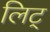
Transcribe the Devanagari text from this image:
लिट्‌